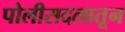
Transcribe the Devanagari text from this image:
पोलीसदलातून